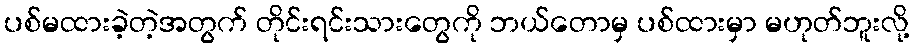
ပစ်မထားခဲ့တဲ့အတွက် တိုင်းရင်းသားတွေကို ဘယ်တောမှ ပစ်ထားမှာ မဟုတ်ဘူးလို့